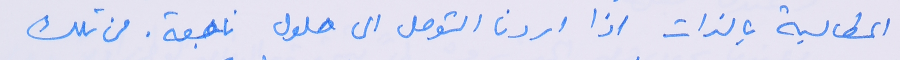
المطالبة بالذات اذا اردنا التوصل الى حلول ناجعة. من تلك